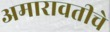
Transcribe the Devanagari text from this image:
अमारावतीचे